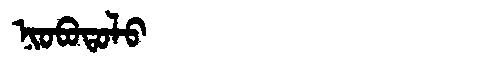
Manchu: ᠨᡳᠣᠪᠣᡨᠣᠯᠣ
Romanization: NIOBOTOLO